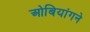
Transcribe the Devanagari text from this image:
ओबियांगने